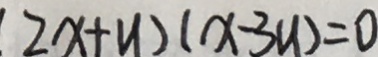
( 2 x + y ) ( x - 3 y ) = 0